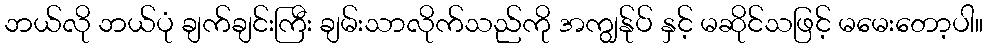
ဘယ်လို ဘယ်ပုံ ချက်ချင်းကြီး ချမ်းသာလိုက်သည်ကို အကျွန်ုပ် နှင့် မဆိုင်သဖြင့် မမေးတော့ပါ။